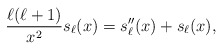
\begin{align*}{\ell(\ell+1)\over x^2} s_\ell(x) = s_\ell''(x) + s_\ell(x),\end{align*}